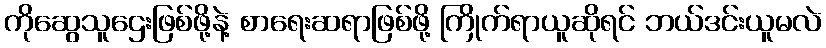
ကိုဆွေသူဌေးဖြစ်ဖို့နဲ့ စာရေးဆရာဖြစ်ဖို့ ကြိုက်ရာယူဆိုရင် ဘယ်ဒင်းယူမလဲ